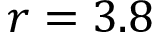
r = 3 . 8